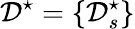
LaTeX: \mathcal{D}^{\star}=\{ \mathcal{D}_{s}^{\star}\}